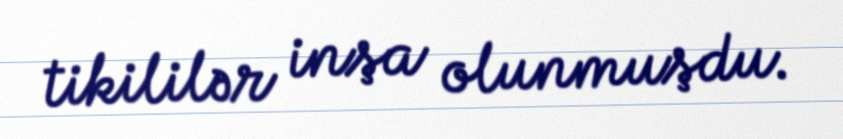
tikililər inşa olunmuşdu.